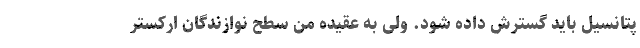
پتانسیل باید گسترش داده شود. ولی به عقیده من سطح نوازندگان ارکستر